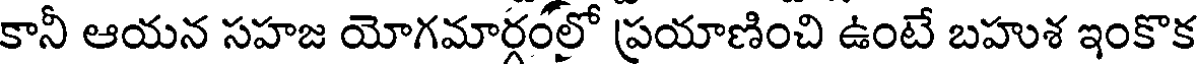
కానీ ఆయన సహజ యోగమార్లరలో ప్రయాణించి ఉంటే బహుశ ఇంకొక